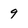
Character: 9